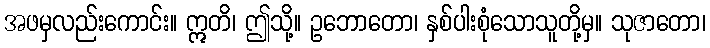
အဖမှလည်းကောင်း။ ဣတိ၊ ဤသို့။ ဥဘောတော၊ နှစ်ပါးစုံသောသူတို့မှ။ သုဇာတော၊